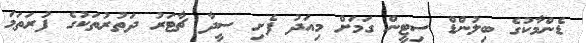
ޑެންމާކުގެ ބިލުންޑް ސިޓީން ގަމަށް މިއަދު ފެށި ސީދާ ޗާޓަރު ދަތުރުތަކުގެ ފުރަތަމަ